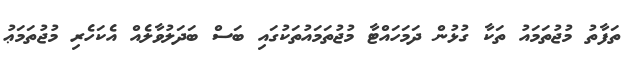
ތަފާތު މުޖުތަމައު ތަކާ ގުޅުން ދަމަހައްޓާ މުޖުތަމައުތަކުގައި ބަސް ބަދަލުވާލެއް އެކަހެރި މުޖުތަމަޢު